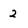
Character: 2